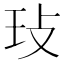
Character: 㺳